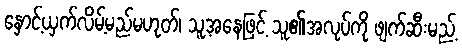
နှောင့်ယှက်လိမ့်မည်မဟုတ်၊ သူ့အနေဖြင့် သူ၏အလုပ်ကို ဖျက်ဆီးမည့်